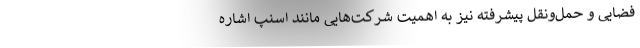
فضایی و حمل‌و‌نقل پیشرفته نیز به اهمیت شرکت‌هایی مانند اسنپ اشاره